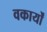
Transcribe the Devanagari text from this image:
वकार्यों